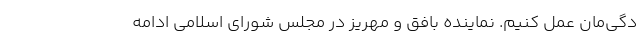
دگی‌مان عمل کنیم. نماینده بافق و مهریز در مجلس شورای اسلامی ادامه